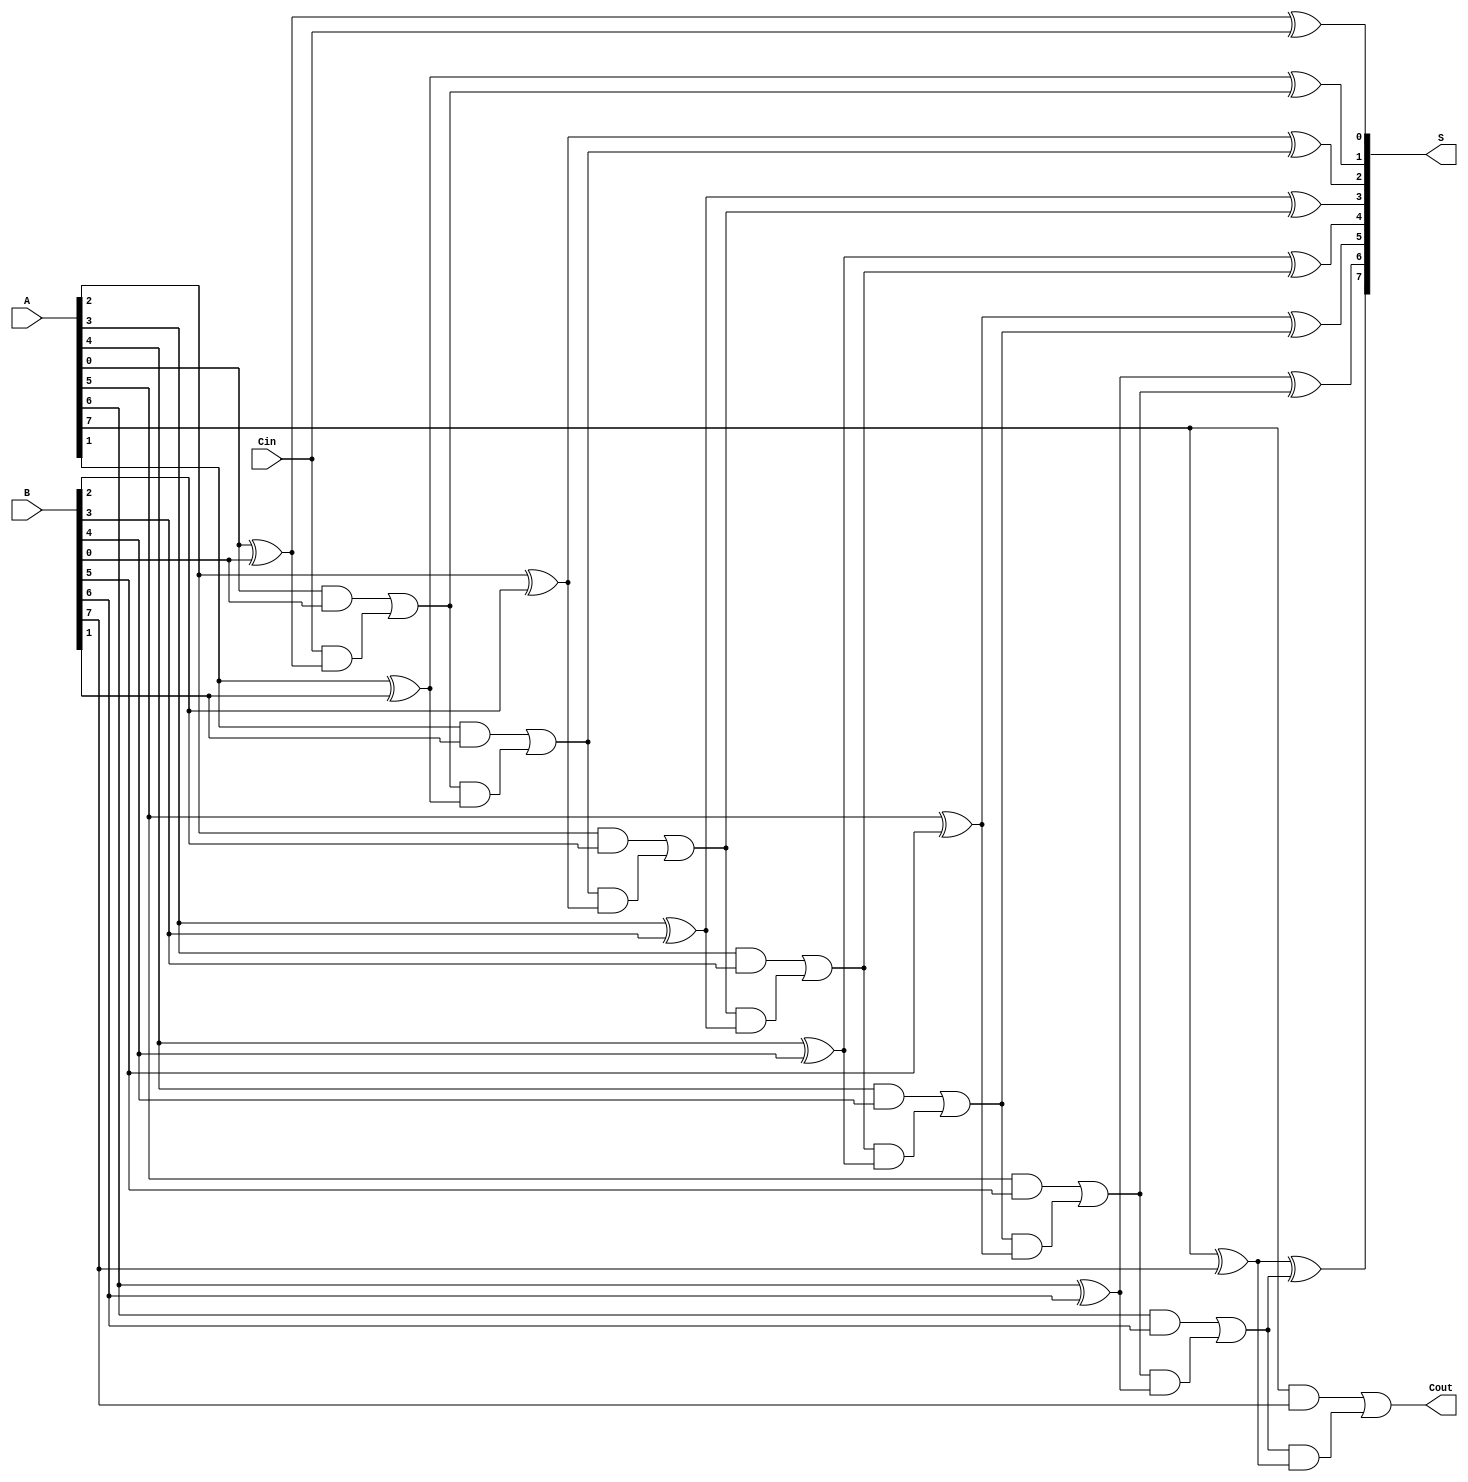
module ManchesterCarryChainAdder #(parameter n = 8) (
    input  wire [n-1:0] A,      // First n-bit input
    input  wire [n-1:0] B,      // Second n-bit input
    input  wire Cin,             // Carry-in
    output wire [n-1:0] S,       // n-bit sum output
    output wire Cout             // Carry-out
);

    wire [n:0] C; // Carry signals, C[0] is the carry-in, C[n] is the carry-out

    // Assign the initial carry-in
    assign C[0] = Cin;

    // Generate the sum and carry for each bit
    genvar i;
    generate
        for (i = 0; i < n; i = i + 1) begin : full_adder
            // Sum calculation
            assign S[i] = A[i] ^ B[i] ^ C[i];

            // Carry calculation
            assign C[i + 1] = (A[i] & B[i]) | (C[i] & (A[i] ^ B[i]));
        end
    endgenerate

    // Final carry-out
    assign Cout = C[n];

endmodule